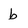
Character: b